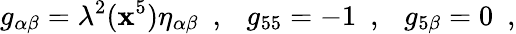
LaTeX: g_{\alpha\beta}=\lambda^{2}(\mathbf{x}^{5})\eta_{\alpha\beta}~~,~~~g_{55}=-1~~,~~~g_{5\beta}=0~~,